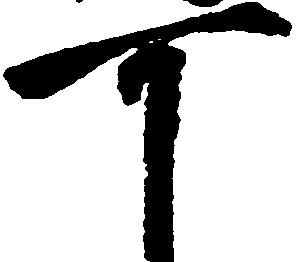
可